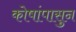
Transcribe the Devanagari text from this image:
कोषांपासुन